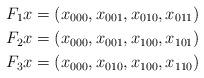
LaTeX: \begin{align*}F_1x &= (x_{000},x_{001},x_{010},x_{011}) \\F_2x &= (x_{000},x_{001},x_{100},x_{101}) \\F_3x &= (x_{000},x_{010},x_{100},x_{110})\end{align*}